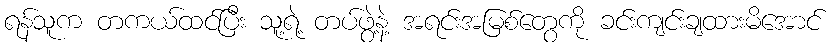
ရန်သူက တကယ်ထင်ပြီး သူ့ရဲ့ တပ်ဖွဲ့နဲ့ အရင်းအမြစ်တွေကို ခင်းကျင်းချထားမိအောင်